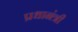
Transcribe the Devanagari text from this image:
प्रधानंत्री